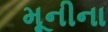
મૂનીના